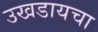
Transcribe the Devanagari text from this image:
उखडायचा